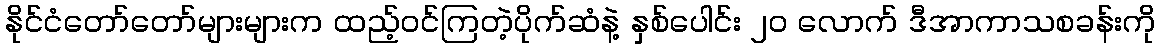
နိုင်ငံတော်တော်များများက ထည့်ဝင်ကြတဲ့ပိုက်ဆံနဲ့ နှစ်ပေါင်း ၂၀ လောက် ဒီအာကာသစခန်းကို